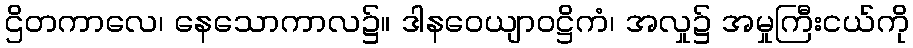
ဌိတကာလေ၊ နေသောကာလ၌။ ဒါနဝေယျာဝဋ္ဌိကံ၊ အလှု၌ အမှုကြီးငယ်ကို